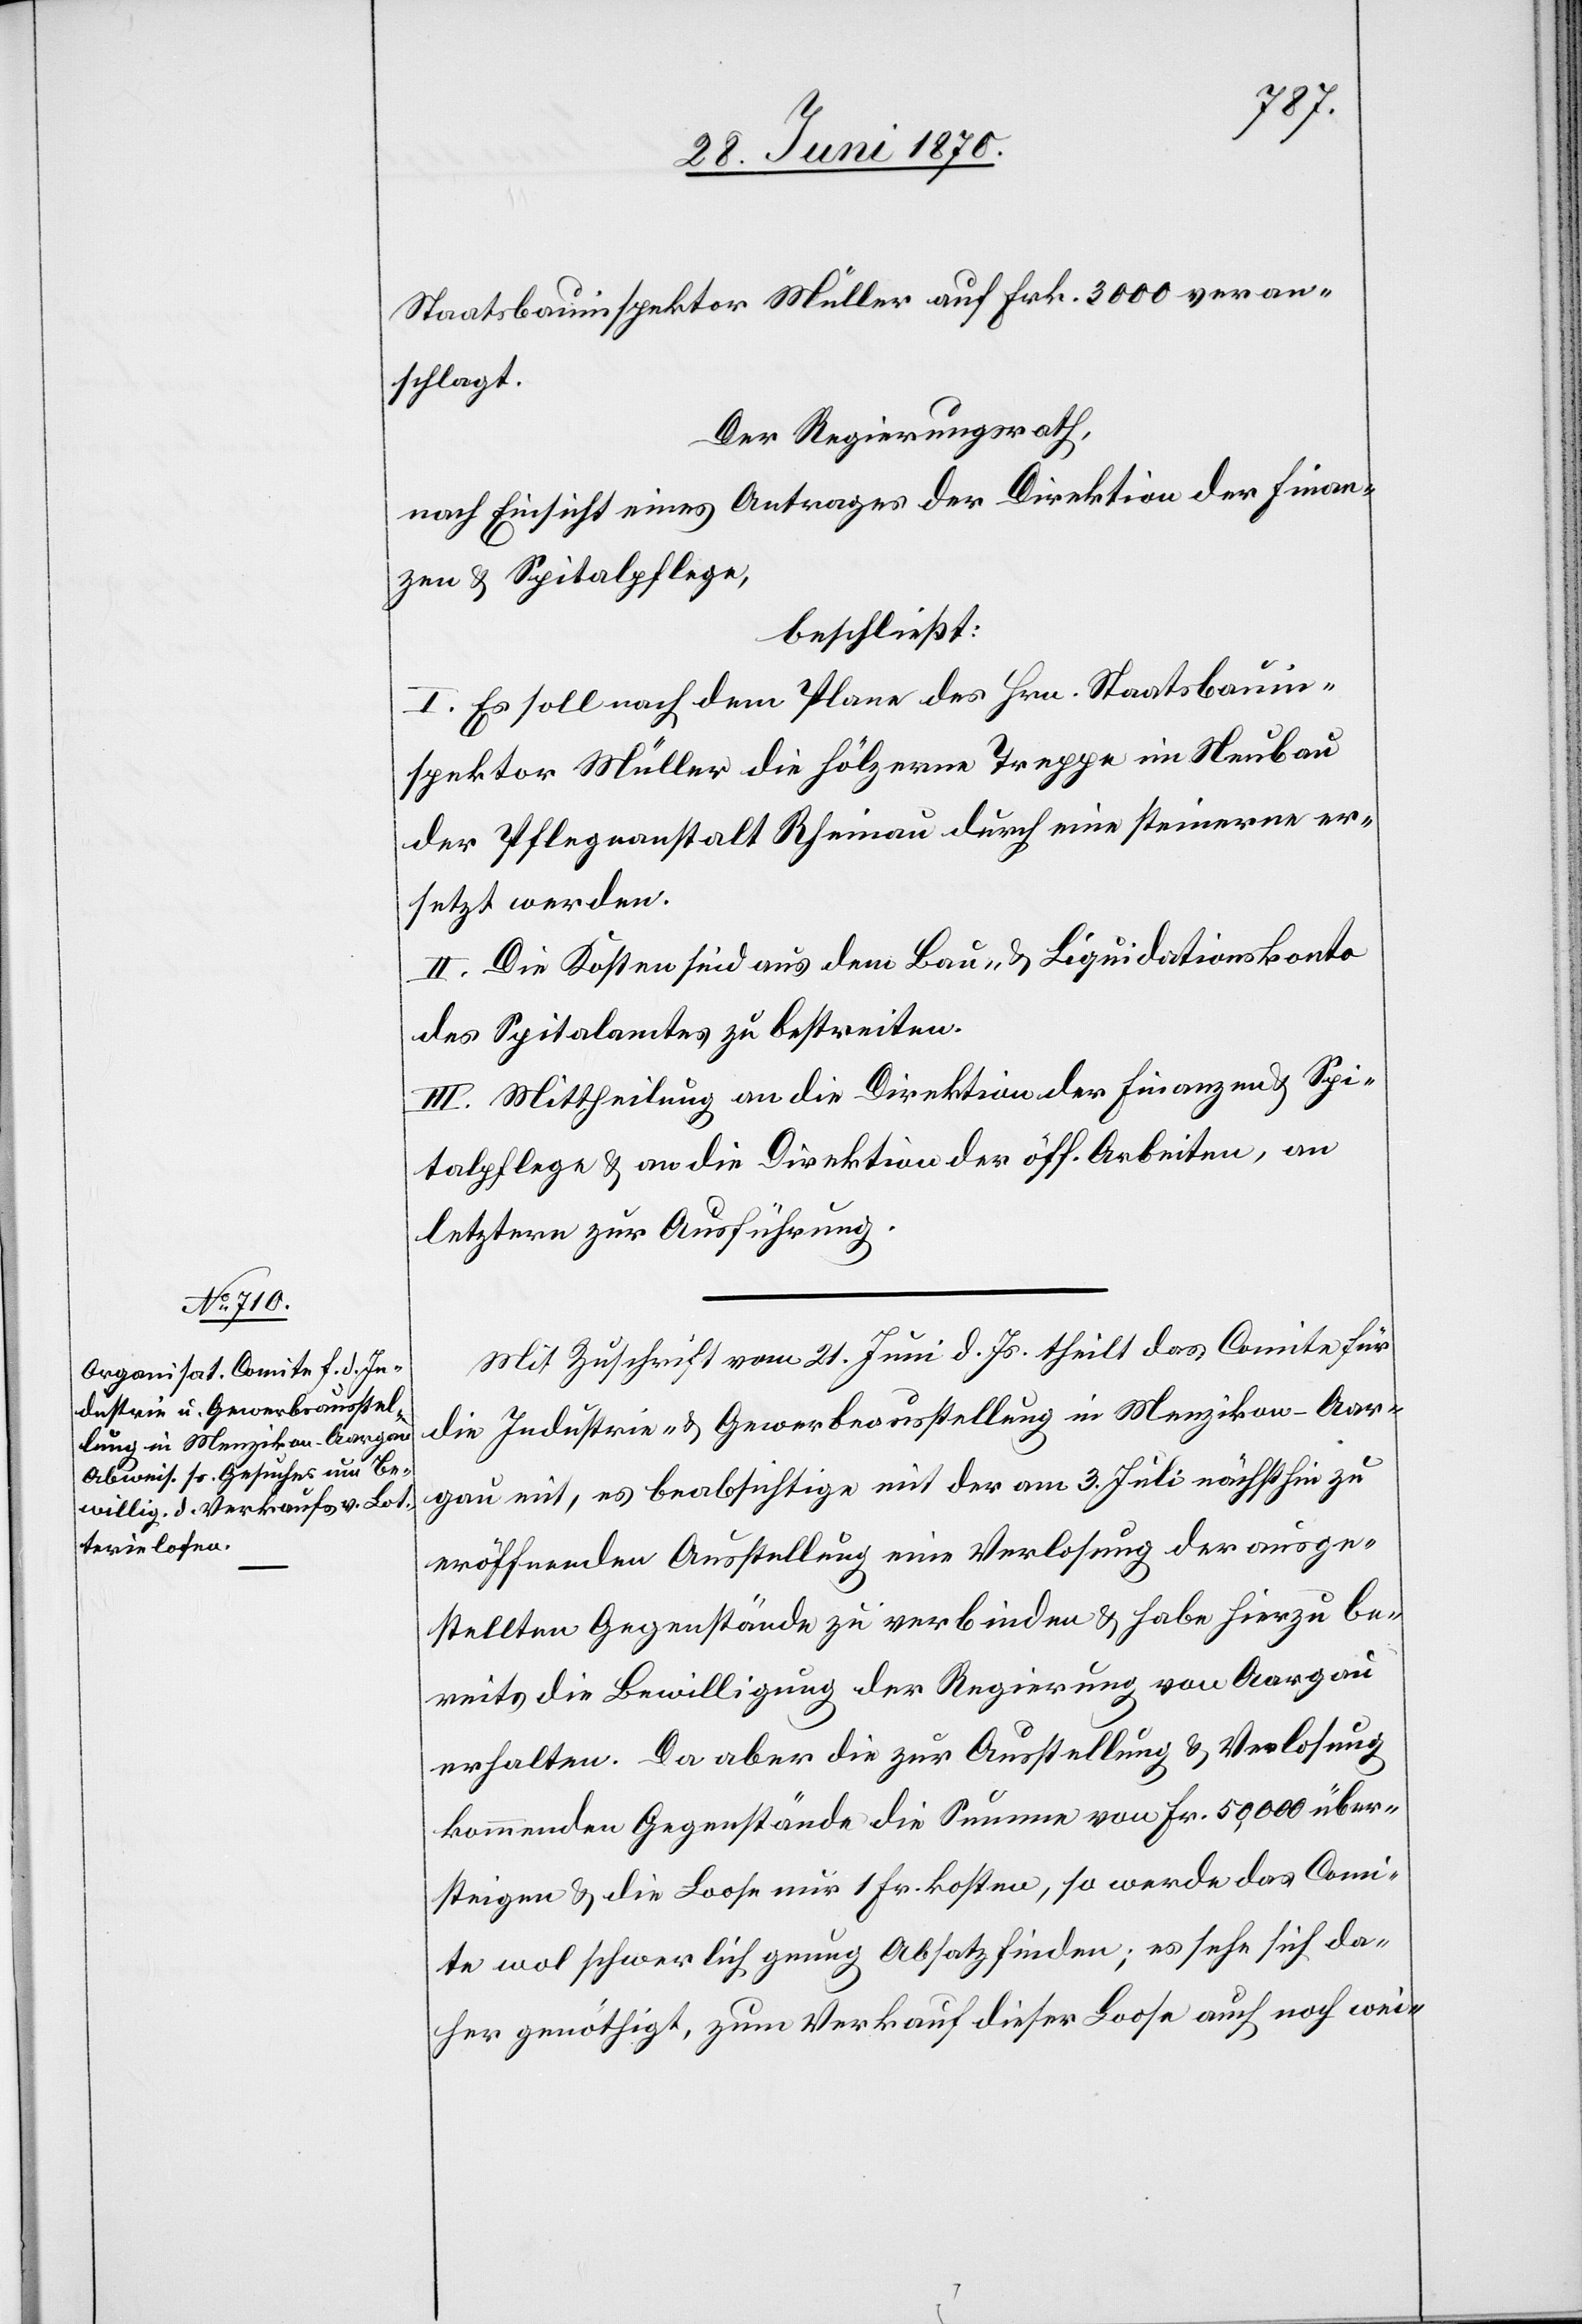
Staatsbauinspektor Müller auf Frk. 3000 veran¬
schlagt.
Der Regierungsrath,
nach Einsicht eines Antrages der Direktion der Finan¬
zen & Spitalpflege,
beschließt:
I. Es soll nach dem Plane des Hrn. Staatsbauin¬
spektor Müller die hölzerne Treppe im Neubau
der Pflegeanstalt Rheinau durch eine steinerne er¬
setzt werden.
II. Die Kosten sind aus dem Bau- & Liquidationskonto
des Spitalamtes zu bestreiten.
III. Mittheilung an die Direktion der Finanzen & Spi¬
talpflege & an die Direktion der öff. Arbeiten, an
letztere zur Ausführung.
Mit Zuschrift vom 21. Juni d. Js. theilt das Comité für
die Industrie- & Gewerbeausstellung in Menzikon - Aar¬
gau mit, es beabsichtige mit der am 3. Juli nächsthin zu
eröffnenden Ausstellung eine Verlosung der ausge¬
stellten Gegenstände zu verbinden & habe hierzu be¬
reits die Bewilligung der Regierung von Aargau
erhalten. Da aber die zur Ausstellung & Verlosung
kommenden Gegenstände die Summe von Fr. 50,000 über¬
steigen & die Loose nur 1 Fr. kosten, so werde das Comi¬
te wol schwerlich genug Absatz finden; es sehe sich da¬
her genöthigt, zum Verkauf dieser Loose auch noch wei-